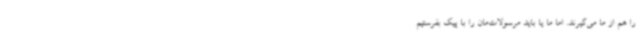
را هم از ما می‌گیرند. اما ما یا باید مرسولات‌مان را با پیک بفرستیم